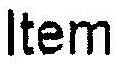
ITEM